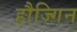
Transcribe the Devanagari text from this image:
हौज्गिन